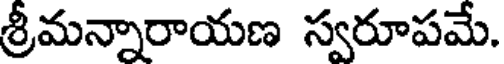
శ్రీమన్నారాయణ స్వరూపమే.